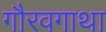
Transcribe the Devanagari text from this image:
गौरवगाथा